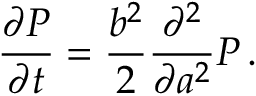
\frac { \partial P } { \partial t } = \frac { b ^ { 2 } } { 2 } \frac { \partial ^ { 2 } } { \partial a ^ { 2 } } P \, .